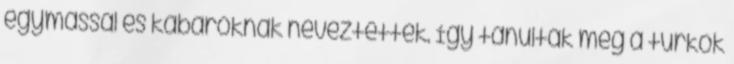
egymással és kabaroknak neveztettek. Így tanulták meg a turkok